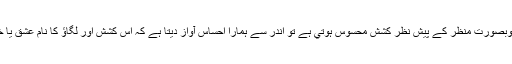
جس وقت ہم ايك دلكش منظر ، يا خوبصورت باغ اور چمن ديكھتے ہيں اور ہمارے دل ميں اس خوبصورت منظر كے پيش نظر كشش محسوس ہوتي ہے تو اندر سے ہمارا احساس آواز ديتا ہے كہ اس كشش اور لگاؤ كا نام عشق يا خوبصورتي ركھ ديا جائے، جبكہ يہاں كسي بھي طرح كے استدلال كي كوئي ضرورت نہيں ہوتي۔